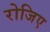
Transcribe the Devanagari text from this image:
रोजिए